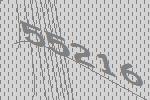
55216